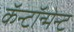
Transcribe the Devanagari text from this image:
कॅन्टॉन्मेन्ट